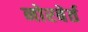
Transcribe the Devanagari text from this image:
नोरबेर्त